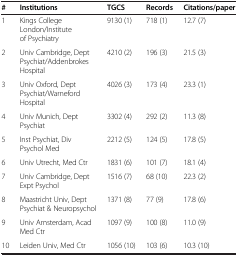
| # | Institutions | TGCS | Records | Citations/paper |
 | --- | --- | --- | --- | --- |
 | 1 | Kings College London/Institute of Psychiatry | 9130 (1) | 718 (1) | 12.7 (7) |
 | 2 | Univ Cambridge, Dept Psychiat/Addenbrokes Hospital | 4210 (2) | 196 (3) | 21.5 (3) |
 | 3 | Univ Oxford, Dept Psychiat/Warneford Hospital | 4026 (3) | 173 (4) | 23.3 (1) |
 | 4 | Univ Munich, Dept Psychiat | 3302 (4) | 292 (2) | 11.3 (8) |
 | 5 | Inst Psychiat, Div Psychol Med | 2212 (5) | 124 (5) | 17.8 (5) |
 | 6 | Univ Utrecht, Med Ctr | 1831 (6) | 101 (7) | 18.1 (4) |
 | 7 | Univ Cambridge, Dept Expt Psychol | 1516 (7) | 68 (10) | 22.3 (2) |
 | 8 | Maastricht Univ, Dept Psychiat & Neuropsychol | 1371 (8) | 77 (9) | 17.8 (6) |
 | 9 | Univ Amsterdam, Acad Med Ctr | 1097 (9) | 100 (8) | 11.0 (9) |
 | 10 | Leiden Univ, Med Ctr | 1056 (10) | 103 (6) | 10.3 (10) |